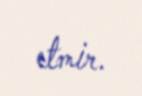
etmir.